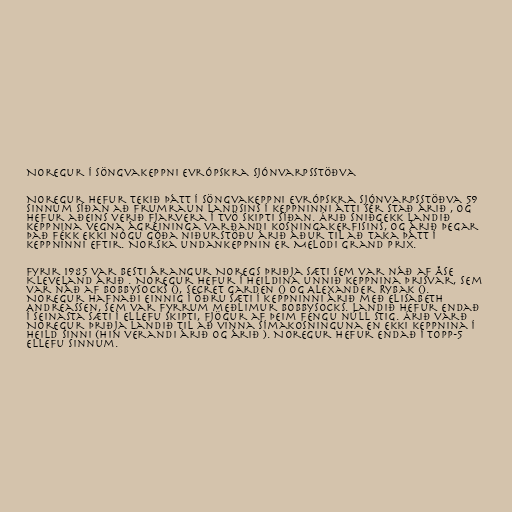
Noregur í Söngvakeppni evrópskra sjónvarpsstöðva

Noregur hefur tekið þátt í Söngvakeppni evrópskra sjónvarpsstöðva 59
sinnum síðan að frumraun landsins í keppninni átti sér stað árið , og
hefur aðeins verið fjarvera í tvö skipti síðan. Árið sniðgekk landið
keppnina vegna ágreininga varðandi kosningakerfisins, og árið þegar
það fékk ekki nógu góða niðurstöðu árið áður til að taka þátt í
keppninni eftir. Norska undankeppnin er Melodi Grand Prix.

Fyrir 1985 var besti árangur Noregs þriðja sæti sem var náð af Åse
Kleveland árið . Noregur hefur í heildina unnið keppnina þrisvar, sem
var náð af Bobbysocks (), Secret Garden () og Alexander Rybak ().
Noregur hafnaði einnig í öðru sæti í keppninni árið með Elisabeth
Andreassen, sem var fyrrum meðlimur Bobbysocks. Landið hefur endað
í seinasta sæti í ellefu skipti, fjögur af þeim fengu núll stig. Árið varð
Noregur þriðja landið til að vinna símakosninguna en ekki keppnina í
heild sinni (hin verandi árið og árið ). Noregur hefur endað í topp-5
ellefu sinnum.